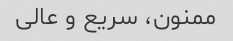
ممنون، سریع و عالی